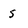
Character: 5